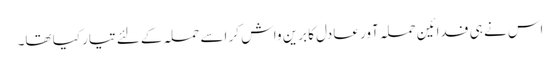
اس نے ہی فدائین حملہ آور عادل کا برین واش کر اسے حملہ کے لئے تیار کیا تھا۔